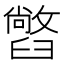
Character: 𦦢